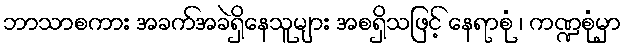
ဘာသာစကား အခက်အခဲရှိနေသူများ အစရှိသဖြင့် နေရာစုံ ၊ ကဏ္ဍစုံမှာ